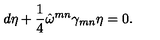
d \eta + \frac { 1 } { 4 } \hat { \omega } ^ { m n } \gamma _ { m n } \eta = 0 .